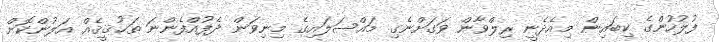
ފުލުހުންގެ ކިބައިން މިއެދެނީ ރިލްވާން ވަގަށްނެގި މައްސަލައިގެ މިނިވަން ދެފުއްފެންނަ ތަޙުޤީޤެއް އަލުންކޮށް